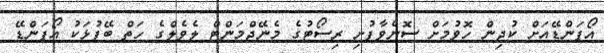
އޯޕަންޑޭއަށް ކުދިން ހޮވުމަށް ސޮނެވާފުށި ރިސޯޓުގެ މެނޭޖްމަންޓް ލެވެލްގެ ހަތް ބޭފުޅަކު އޯޕަންޑޭ